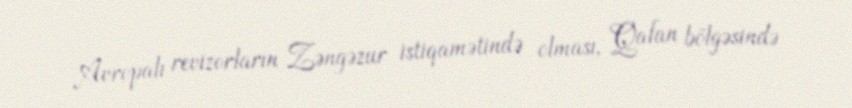
Avropalı revizorların Zəngəzur istiqamətində olması, Qafan bölgəsində